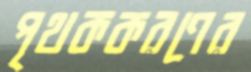
পৃথককরণের